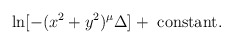
\begin{align*}\ln[-(x^2+y^2)^\mu \Delta] +~{\rm constant}.\end{align*}